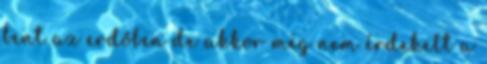
bent az erdőben de akkor még nem érdekelt a